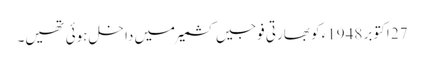
27 اکتوبر 1948ء کو بھارتی فوجیں کشمیر میں داخل ہوئی تھیں۔